Rasina_vallavalitsus, lk 44
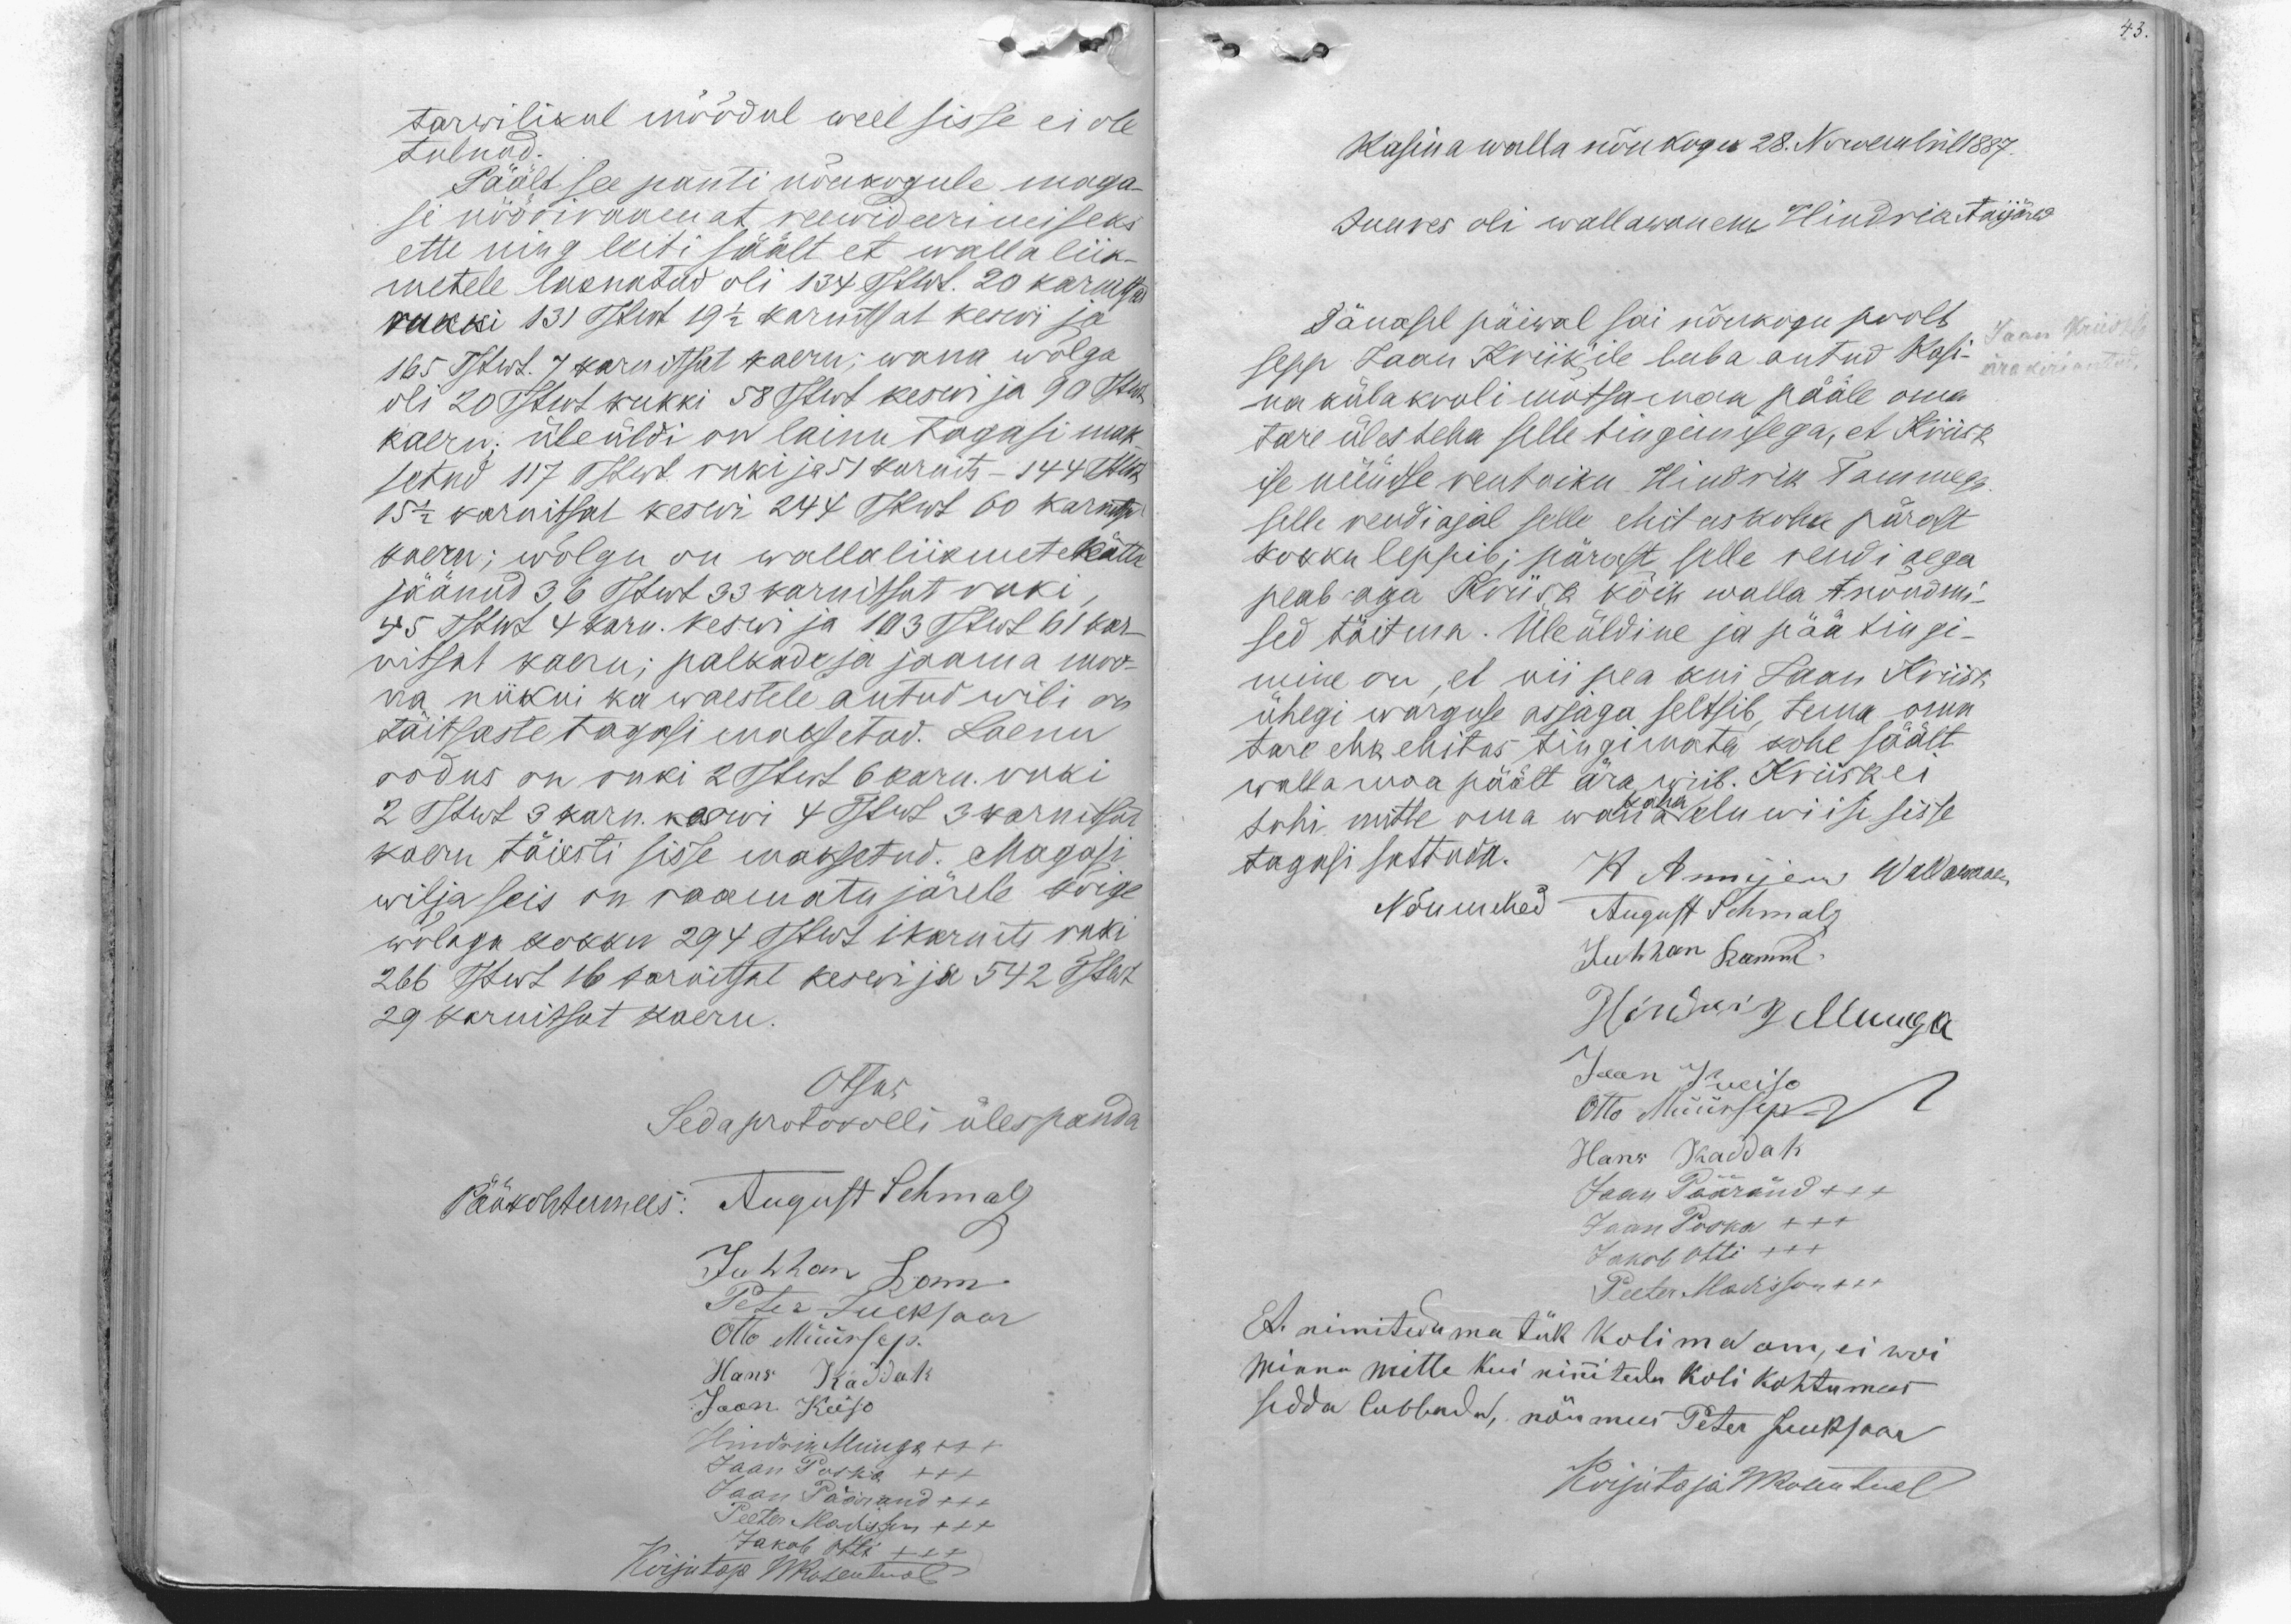
tarwilikul mõõdul weel sisse ei ole
tulnud.
Päält see panti nõukogule maga-
si nööriraamat rewideerimiseks
ette ning leiti säält et walla liik-
metele laenatud oli 134 Tstwt. 20 karnitsad
rukki 131 Tstwt 19 1/2 karnitsat keswi ja
165 Tstwt. 7 karnitsat kaeru; wana wõlga
oli 20 Tstwt rukki 58 Tstwt keswi ja 90 Tstwt
kaeru; üleüldi on lainu tagasi mak-
setud 117 Tstwt. ruki ja 51 karnits - 144 Tstwt
15 1/2 karnitsat keswi 244 Tstwt 60 karnitsa
kaeru; wõlgu on wallaliikmete kätte
jäänud 36 Tstwt 33 karnitsat ruki
45 Tstwt 4 karn. keswi ja 103 Tstwt 61 kar-
nitsat kaeru; palkade ja jaama moo-
na niikui ka waestele antud wili on
täitsaste tagasi maksetud. Laenu
rodus on ruki 2 Tstwt 6 karn. ruki
2 Tstwt 3 karn. keswi 4 Tstwt 3 karnitsat
kaeru täiesti sisse maksetud. Magasi
wilja seis on raamatu järele kõige
wõlaga kokku 294 Tstwt 1 karnits ruki
266 Tstwt 16 karnitsat keswi ja 542 Tstwt
29 karnitsat kaeru.
Otsus
Seda protokolli ülespanda
Pääkohtumees: August Schmalz
Juhhan Ram.
Peter Jueksaar
Otto Müürsep.
Hans Kaddak
Jaan Keiso
Hendrik Muuga +++
Jaan Poska +++
Jaan Päärand +++
Peeter Madissen +++
Jakob Otti +++
Kirjutaja WRosenthal

Rasina walla nõukogu 28. Nowembril1887.
Juures oli wallawanem Hindrik Anijärw
Tänasel päiwal sai nõukogu poolt
sepp Jaan Kriik'ile luba antud Rasi-
na külakooli mõtsamaa pääle oma
tare üles teha selle tingimisega, et Kriisk
ise nüüdse rentniku Hindrik Tammega
selle rendiajal selle ehituskoha pärast
kokku leppib; pärast selle rendi aega
peab aga Kriisk kõik walla t nõudmi-
sed täitma. Üleüldine ja päätingi-
mine on, et nii pea kui Jaan Kriisk
ühegi warguse asjaga seltsib, tema oma
tare ehk ehitas tingimata kohe säält
walla maa päält ära wiib. Kriisk ei
paha
tohi mitte oma wana eluwiisi sisse
tagasi sattuda.
H Annijerw Wallawanem
Nõumehed August Schmalz
Juhhan Ramm.
Hindrik Muuga
Jaan Keiso
Otto Müürsep
Hans Kaddak
Jaan Pääränd +++
Jaan Poska +++
Jakob Otti +++
Peeter Madisson +++
Et nimitedu ma tük kolima om, ei woi
minna mitte kui nimitedu koli kohtumees
sedda lubbada, nõumees Peter Jueksaar
Kirjutaja WRosenthal